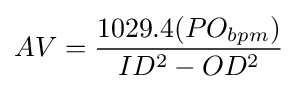
AV={\frac {1029.4(PO_{bpm})}{ID^{2}-OD^{2}}}